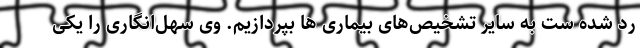
رد شده ست به سایر تشخیص‌های بیماری ها بپردازیم. وی سهل‌انگاری را یکی